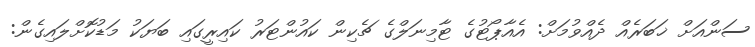
ސަންއަށް ޚަބަރެއް ދެއްވުމަށް: އެއާޕޯޓުގެ ޓާމިނަލްގެ ޗެކިން ކައުންޓަރު ކައިރީގައި ބަޔަކު މަޑުކޮށްލައިގެން: